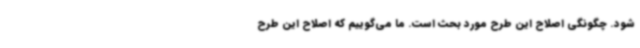
شود. چگونگی اصلاح این طرح مورد بحث است. ما می‌گوییم که اصلاح این طرح